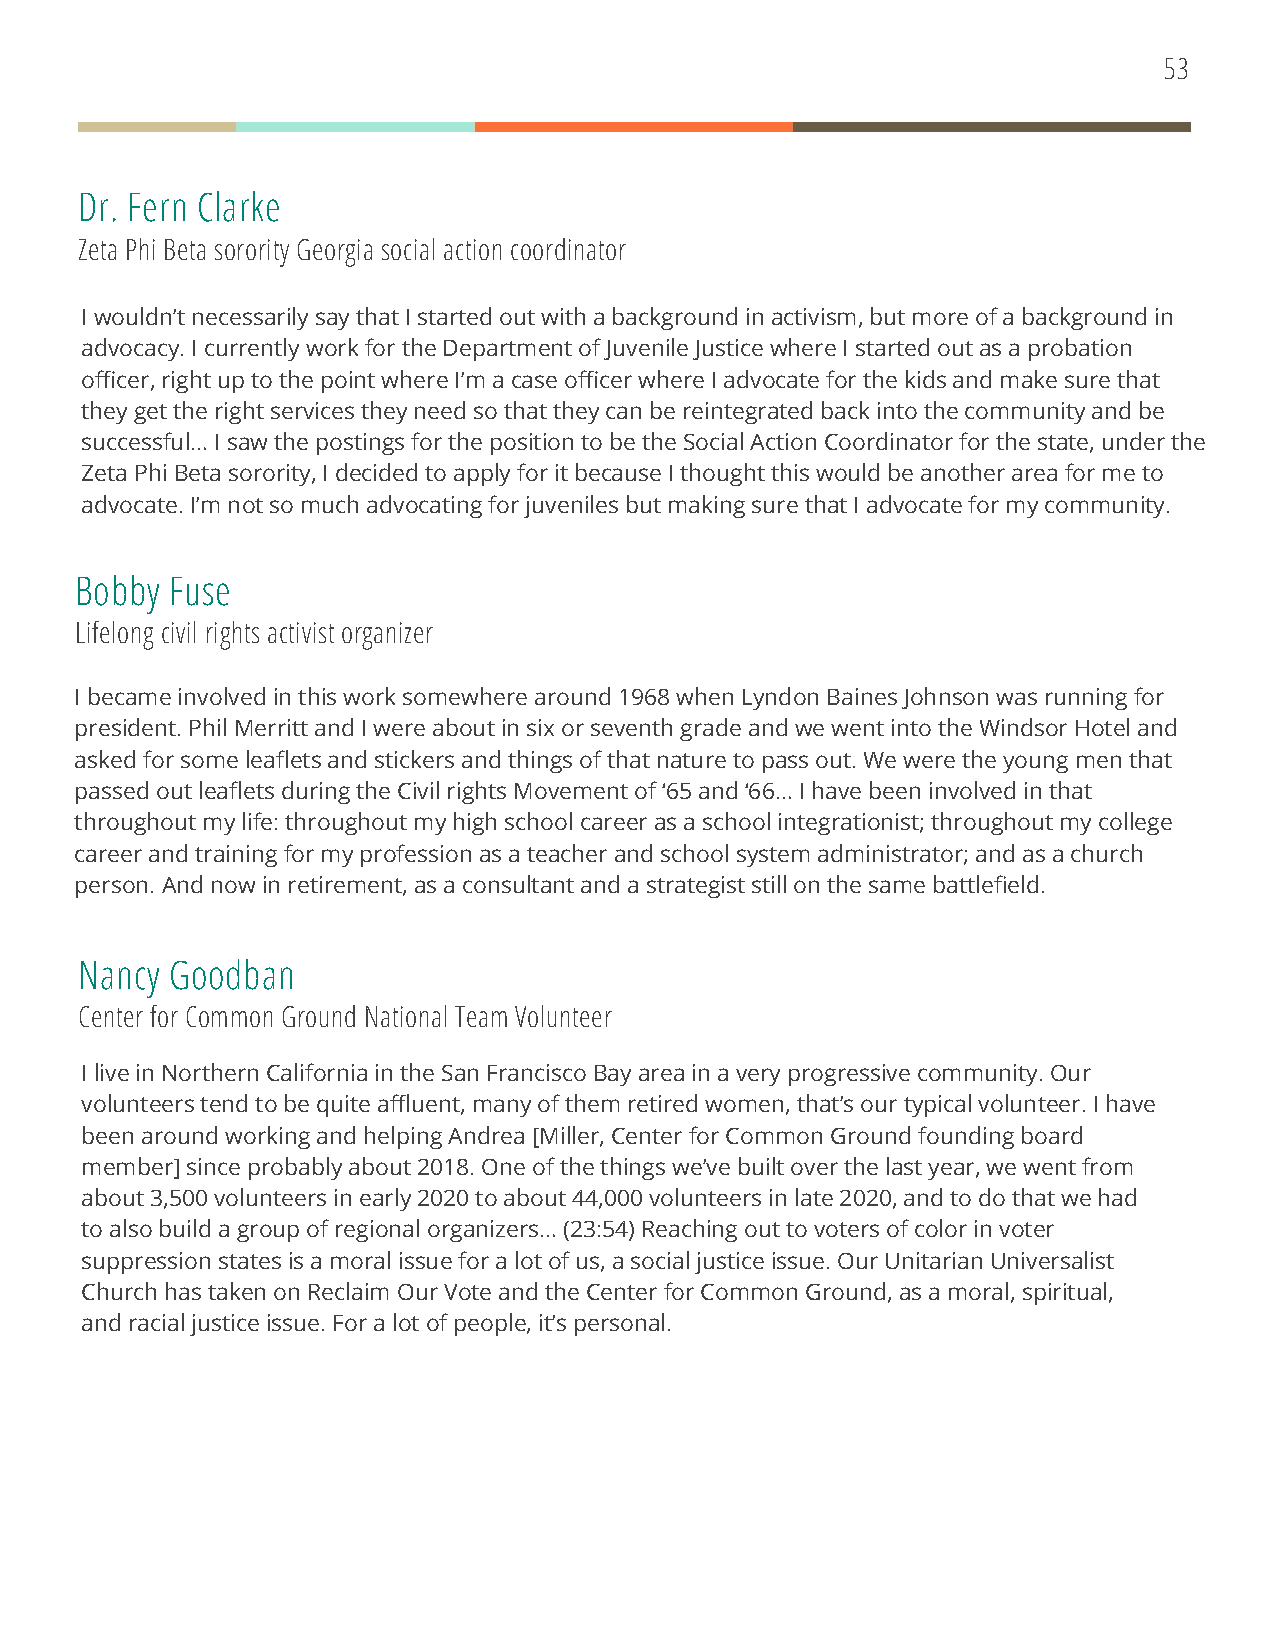
53
 Dr. Fern Clarke
 Zeta Phi Beta sorority Georgia social action coordinator
 I wouldn’t necessarily say that I started out with a background in activism, but more of a background in
 advocacy. I currently work for the Department of Juvenile Justice where I started out as a probation
 officer, right up to the point where I’m a case officer where I advocate for the kids and make sure that
 they get the right services they need so that they can be reintegrated back into the community and be
 successful… I saw the postings for the position to be the Social Action Coordinator for the state, under the
 Zeta Phi Beta sorority, I decided to apply for it because I thought this would be another area for me to
 advocate. I’m not so much advocating for juveniles but making sure that I advocate for my community.
 Bobby Fuse
 Lifelong civil rights activist organizer
 I became involved in this work somewhere around 1968 when Lyndon Baines Johnson was running for
 president. Phil Merritt and I were about in six or seventh grade and we went into the Windsor Hotel and
 asked for some leaflets and stickers and things of that nature to pass out. We were the young men that
 passed out leaflets during the Civil rights Movement of ‘65 and ‘66… I have been involved in that
 throughout my life: throughout my high school career as a school integrationist; throughout my college
 career and training for my profession as a teacher and school system administrator; and as a church
 person. And now in retirement, as a consultant and a strategist still on the same battlefield.
 Nancy Goodban
 Center for Common Ground National Team Volunteer
 I live in Northern California in the San Francisco Bay area in a very progressive community. Our
 volunteers tend to be quite affluent, many of them retired women, that’s our typical volunteer. I have
 been around working and helping Andrea [Miller, Center for Common Ground founding board
 member] since probably about 2018. One of the things we’ve built over the last year, we went from
 about 3,500 volunteers in early 2020 to about 44,000 volunteers in late 2020, and to do that we had
 to also build a group of regional organizers… (23:54) Reaching out to voters of color in voter
 suppression states is a moral issue for a lot of us, a social justice issue. Our Unitarian Universalist
 Church has taken on Reclaim Our Vote and the Center for Common Ground, as a moral, spiritual,
 and racial justice issue. For a lot of people, it’s personal.